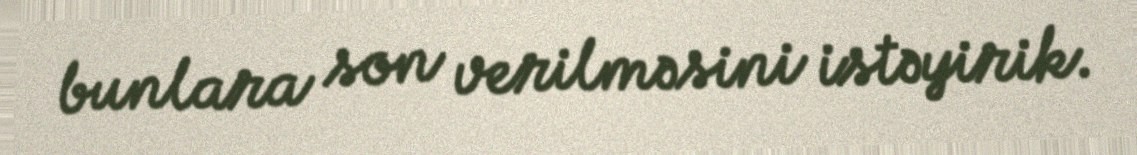
bunlara son verilməsini istəyirik.